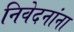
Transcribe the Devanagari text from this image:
निवेदनांना